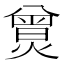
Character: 𤎯